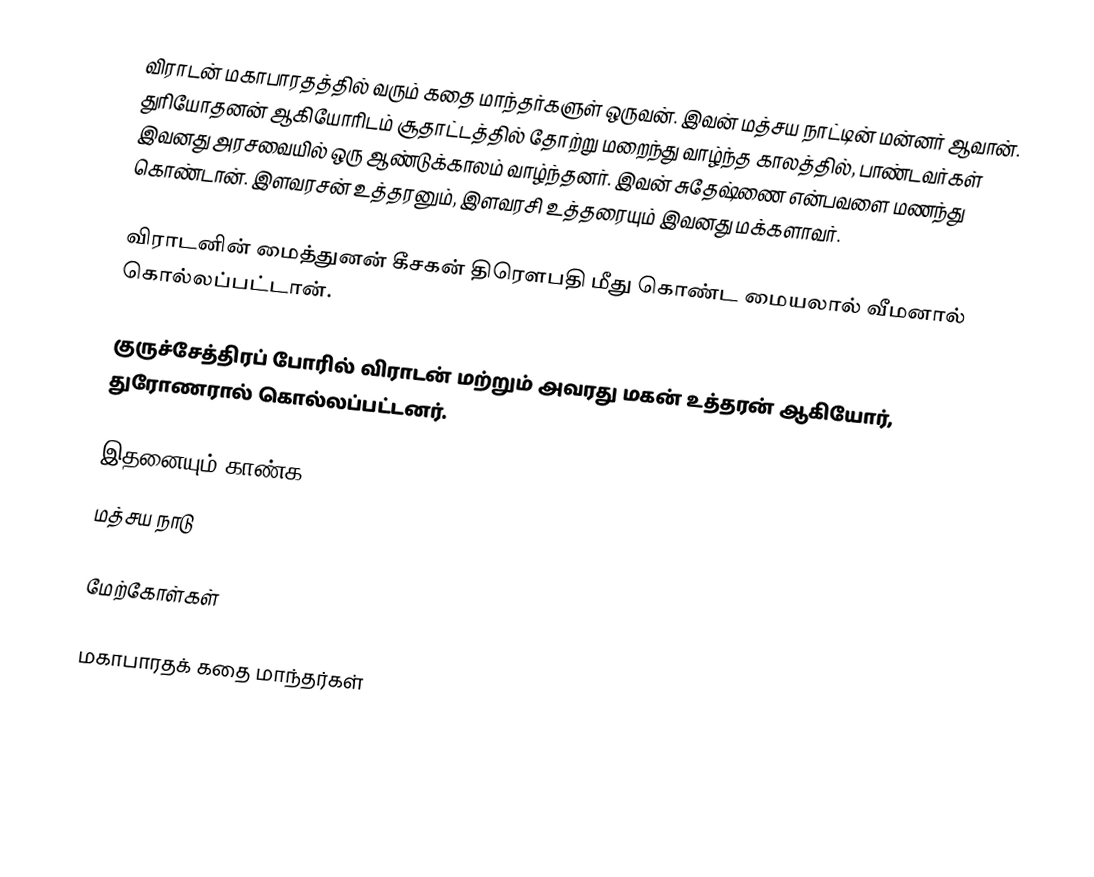
விராடன் மகாபாரதத்தில் வரும் கதை மாந்தர்களுள் ஒருவன். இவன் மத்சய நாட்டின் மன்னர் ஆவான். துரியோதனன் ஆகியோரிடம் சூதாட்டத்தில் தோற்று மறைந்து வாழ்ந்த காலத்தில், பாண்டவர்கள் இவனது அரசவையில் ஒரு ஆண்டுக்காலம் வாழ்ந்தனர்.  இவன் சுதேஷ்ணை என்பவளை மணந்து கொண்டான். இளவரசன்  உத்தரனும், இளவரசி உத்தரையும் இவனது மக்களாவர்.

விராடனின் மைத்துனன் கீசகன்  திரௌபதி மீது கொண்ட மையலால் வீமனால் கொல்லப்பட்டான்.

குருச்சேத்திரப் போரில்  விராடன் மற்றும் அவரது மகன் உத்தரன் ஆகியோர், துரோணரால் கொல்லப்பட்டனர்.

இதனையும் காண்க
 மத்சய நாடு

மேற்கோள்கள்

மகாபாரதக் கதை மாந்தர்கள்